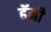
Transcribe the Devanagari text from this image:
हॅमी